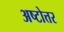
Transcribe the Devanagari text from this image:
अष्टोत्तर